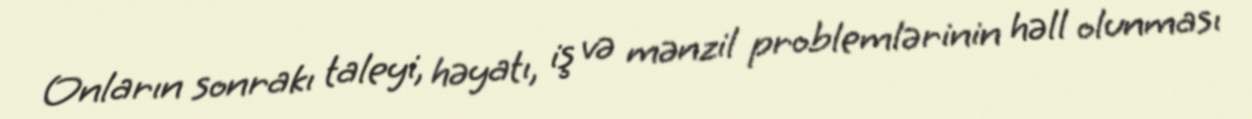
Onların sonrakı taleyi, həyatı, iş və mənzil problemlərinin həll olunması